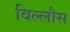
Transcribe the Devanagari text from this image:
विल्लौस